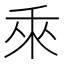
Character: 𬓡